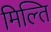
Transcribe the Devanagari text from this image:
मिल्ति